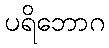
ပရိဘောဂ